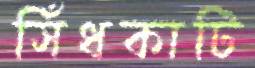
সিঁধকাটি